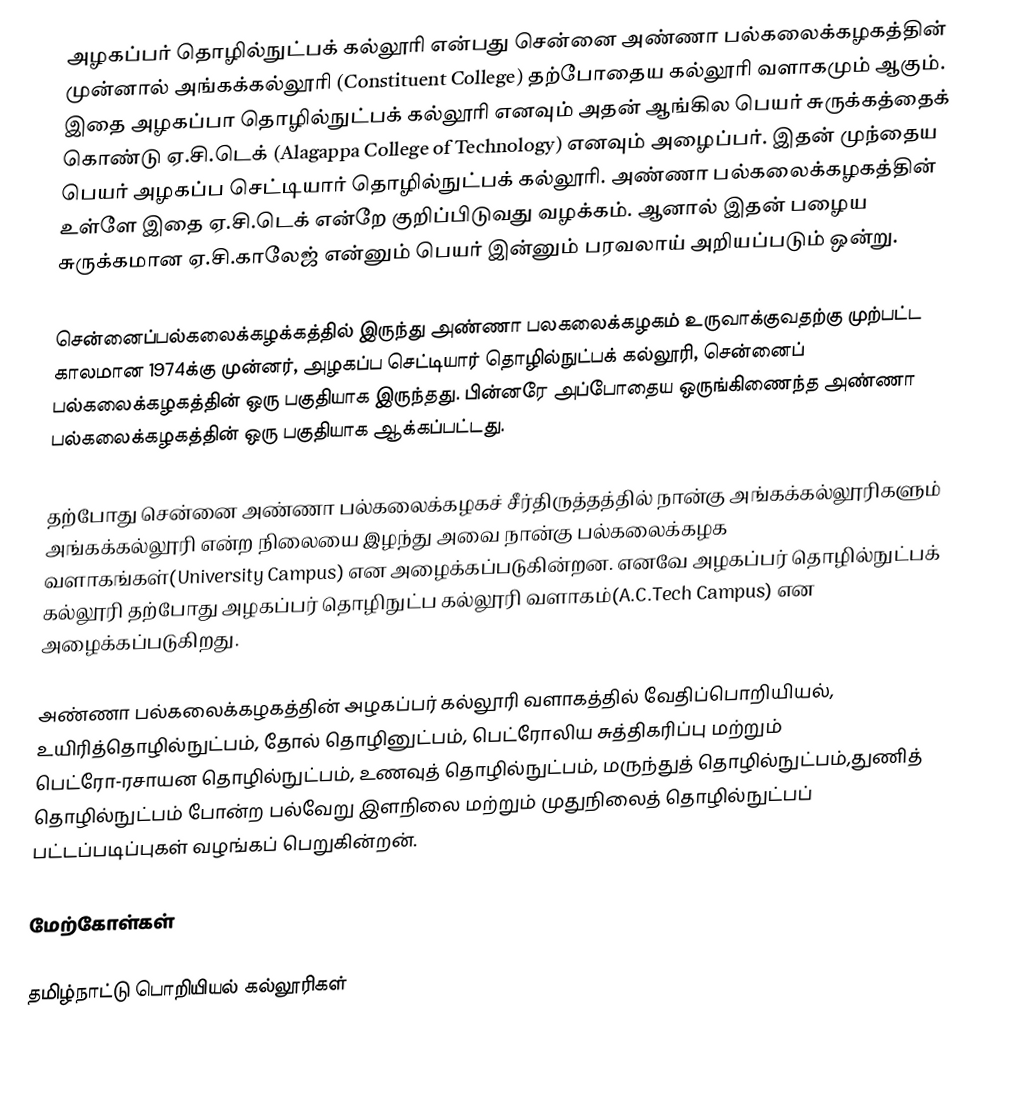
அழகப்பர் தொழில்நுட்பக் கல்லூரி என்பது சென்னை அண்ணா பல்கலைக்கழகத்தின் முன்னால் அங்கக்கல்லூரி (Constituent College) தற்போதைய கல்லூரி வளாகமும் ஆகும். இதை அழகப்பா தொழில்நுட்பக் கல்லூரி எனவும் அதன் ஆங்கில பெயர் சுருக்கத்தைக் கொண்டு ஏ.சி.டெக் (Alagappa College of Technology) எனவும் அழைப்பர். இதன் முந்தைய பெயர் அழகப்ப செட்டியார் தொழில்நுட்பக் கல்லூரி. அண்ணா பல்கலைக்கழகத்தின் உள்ளே இதை ஏ.சி.டெக் என்றே குறிப்பிடுவது வழக்கம். ஆனால் இதன் பழைய சுருக்கமான ஏ.சி.காலேஜ் என்னும் பெயர் இன்னும் பரவலாய் அறியப்படும் ஒன்று.

சென்னைப்பல்கலைக்கழக்கத்தில் இருந்து அண்ணா பலகலைக்கழகம் உருவாக்குவதற்கு முற்பட்ட காலமான 1974க்கு முன்னர், அழகப்ப செட்டியார் தொழில்நுட்பக் கல்லூரி, சென்னைப் பல்கலைக்கழகத்தின் ஒரு பகுதியாக இருந்தது. பின்னரே அப்போதைய ஒருங்கிணைந்த அண்ணா பல்கலைக்கழகத்தின் ஒரு பகுதியாக ஆக்கப்பட்டது.

தற்போது சென்னை அண்ணா பல்கலைக்கழகச் சீர்திருத்தத்தில் நான்கு அங்கக்கல்லூரிகளும் அங்கக்கல்லூரி என்ற நிலையை இழந்து அவை நான்கு பல்கலைக்கழக வளாகங்கள்(University Campus) என அழைக்கப்படுகின்றன. எனவே அழகப்பர் தொழில்நுட்பக் கல்லூரி தற்போது அழகப்பர் தொழிநுட்ப கல்லூரி வளாகம்(A.C.Tech Campus) என அழைக்கப்படுகிறது.

அண்ணா பல்கலைக்கழகத்தின் அழகப்பர் கல்லூரி வளாகத்தில் வேதிப்பொறியியல், உயிரித்தொழில்நுட்பம், தோல் தொழினுட்பம், பெட்ரோலிய சுத்திகரிப்பு மற்றும் பெட்ரோ-ரசாயன தொழில்நுட்பம், உணவுத் தொழில்நுட்பம், மருந்துத் தொழில்நுட்பம்,துணித் தொழில்நுட்பம் போன்ற பல்வேறு இளநிலை மற்றும் முதுநிலைத் தொழில்நுட்பப் பட்டப்படிப்புகள் வழங்கப் பெறுகின்றன்.

மேற்கோள்கள்

தமிழ்நாட்டு பொறியியல் கல்லூரிகள்